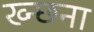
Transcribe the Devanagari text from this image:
ख्न्छना